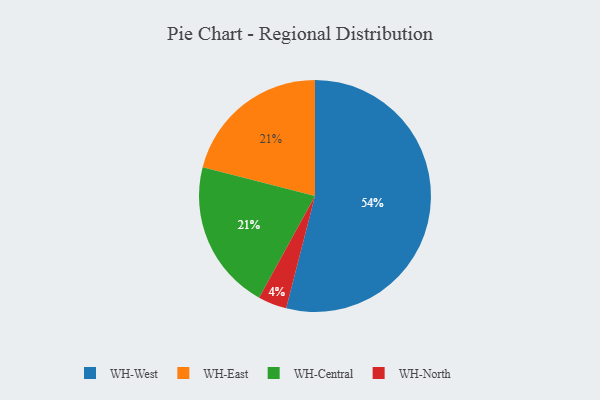
{"axis": {"x": "Category", "y": "Percentage"}, "legend": ["WH-Central", "WH-East", "WH-North", "WH-West"], "data": [{"x": "WH-North", "y": 4, "type": "WH-North"}, {"x": "WH-West", "y": 54, "type": "WH-West"}, {"x": "WH-East", "y": 21, "type": "WH-East"}, {"x": "WH-Central", "y": 21, "type": "WH-Central"}]}